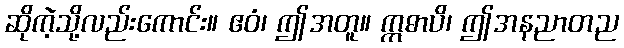
ဆိုကဲ့သို့လည်းကောင်း။ ဧဝံ၊ ဤအတူ။ ဣဓာပိ၊ ဤအနညာတည